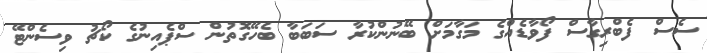
ސެސް ފެބްރިގާސް ފޯވާޑެއްގެ މަގާމަށް ބޭނުންކުރާ ސަބަބާ ބެހޭގޮތުން ސްޕެއިނުގެ ކޯޗު ވިސެންޓޭ